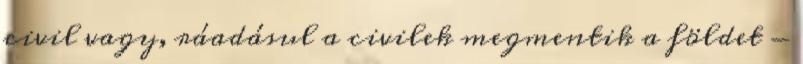
civil vagy, ráadásul a civilek megmentik a földet -